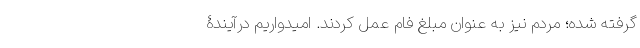
گرفته شده؛ مردم نیز به عنوان مبلغ فام عمل کردند. امیدواریم درآیندۀ